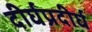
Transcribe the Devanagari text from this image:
दीर्घप्रदीर्घ